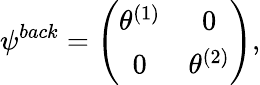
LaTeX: \psi^{back}=\left(\begin{array}{cc}{{\theta^{(1)}}}&{{0}}\\ {{0}}&{{\theta^{(2)}}}\end{array}\right),